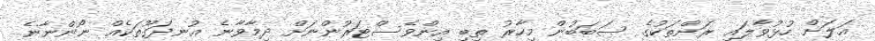
އަލަށް ހުޅުވާލައި ރަށްތަކުގެ ސަބަބުން މިހާރު ތިބި އިންވެސްޓަރުންނަށް ދިމާވާނެ އުނދަގޫތަކެއް ނޯންނާނެ